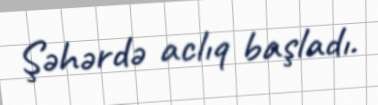
Şəhərdə aclıq başladı.